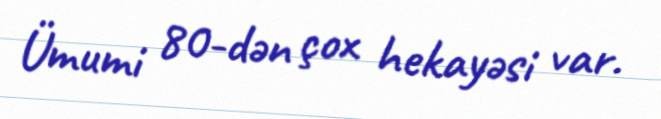
Ümumi 80-dən çox hekayəsi var.